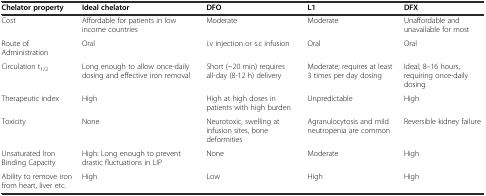
<table><thead><tr><td><b>Chelator property</b></td><td><b>Ideal chelator</b></td><td><b>DFO</b></td><td><b>L1</b></td><td><b>DFX</b></td></tr></thead><tbody><tr><td>Cost</td><td>Affordable for patients in low income countries</td><td>Moderate</td><td>Moderate</td><td>Unaffordable and unavailable for most</td></tr><tr><td>Route of Administration</td><td>Oral</td><td>i.v injection or s.c infusion</td><td>Oral</td><td>Oral</td></tr><tr><td>Circulation t<sub>1/2</sub></td><td>Long enough to allow once-daily dosing and effective iron removal</td><td>Short (~20 min) requires all-day (8-12 h) delivery</td><td>Moderate; requires at least 3 times per day dosing</td><td>Ideal; 8–16 hours, requiring once-daily dosing</td></tr><tr><td>Therapeutic index</td><td>High</td><td>High at high doses in patients with high burden</td><td>Unpredictable</td><td>High</td></tr><tr><td>Toxicity</td><td>None</td><td>Neurotoxic, swelling at infusion sites, bone deformities</td><td>Agranulocytosis and mild neutropenia are common</td><td>Reversible kidney failure</td></tr><tr><td>Unsaturated Iron Binding Capacity</td><td>High: Long enough to prevent drastic fluctuations in LIP</td><td>None</td><td>Moderate</td><td>High</td></tr><tr><td>Ability to remove iron from heart, liver etc.</td><td>High</td><td>Low</td><td>High</td><td>High</td></tr></tbody></table>